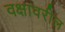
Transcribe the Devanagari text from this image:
वक्षावरील